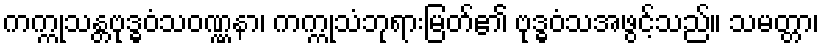
ကက္ကုသန္တဗုဒ္ဓဝံသဝဏ္ဏနာ၊ ကက္ကုသံဘုရားမြတ်၏ ဗုဒ္ဓဝံသအဖွင့်သည်။ သမတ္တာ၊